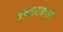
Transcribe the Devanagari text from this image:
अन्त्तरजाल